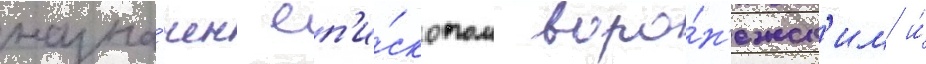
назна́чен еп'и́скопом воро́н'ежск'им и́